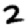
Digit: 2